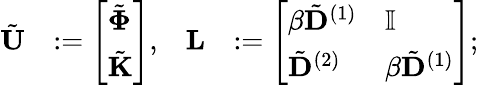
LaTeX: \begin{array}{rlrl}{\tilde{\mathbf{U}}}&{:=\left[\begin{array}{l}{\tilde{\boldsymbol{\Phi}}}\\ {\tilde{\mathbf{K}}}\end{array}\right],}&{\mathbf{L}}&{:=\left[\begin{array}{ll}{\beta\tilde{\mathbf{D}}^{(1)}}&{\mathbb{I}}\\ {\tilde{\mathbf{D}}^{(2)}}&{\beta\tilde{\mathbf{D}}^{(1)}}\end{array}\right];}\end{array}